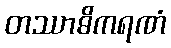
တဿာဓိကရဏံ